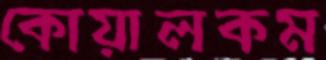
কোয়ালকম